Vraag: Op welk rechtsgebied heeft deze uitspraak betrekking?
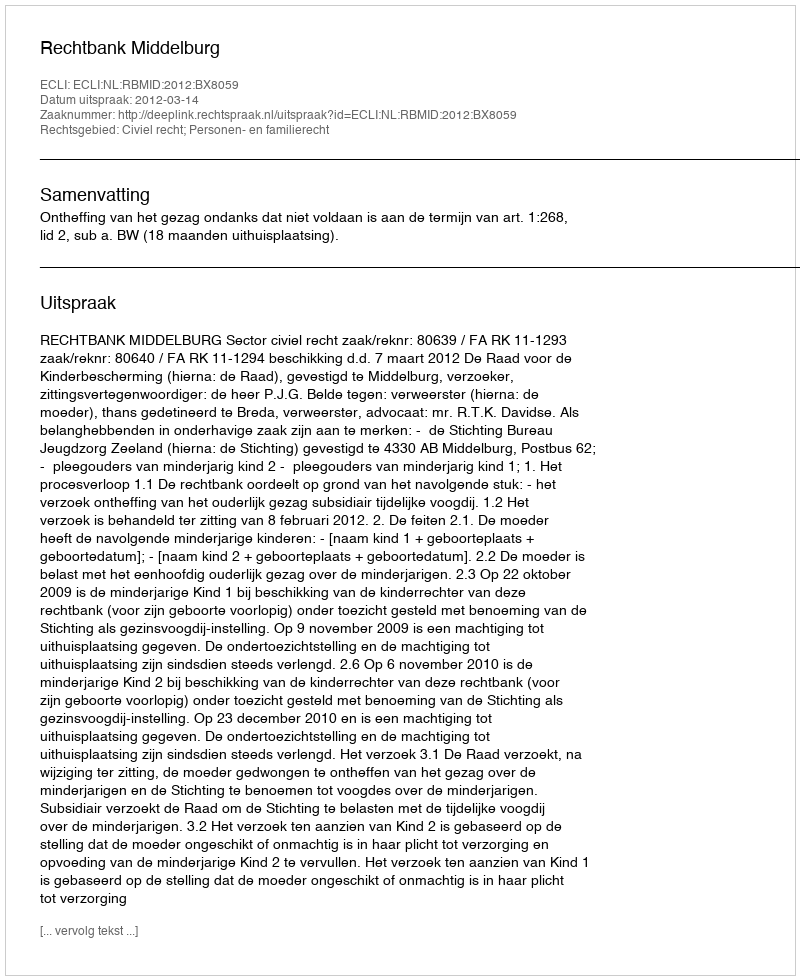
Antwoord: Civiel recht; Personen- en familierecht